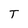
Character: T